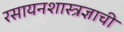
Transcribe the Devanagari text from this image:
रसायनशास्त्रज्ञाची